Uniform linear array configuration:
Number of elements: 48
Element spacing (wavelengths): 0.25
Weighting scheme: exponential
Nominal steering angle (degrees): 15
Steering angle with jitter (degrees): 14.394
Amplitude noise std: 0.05
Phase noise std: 0.05

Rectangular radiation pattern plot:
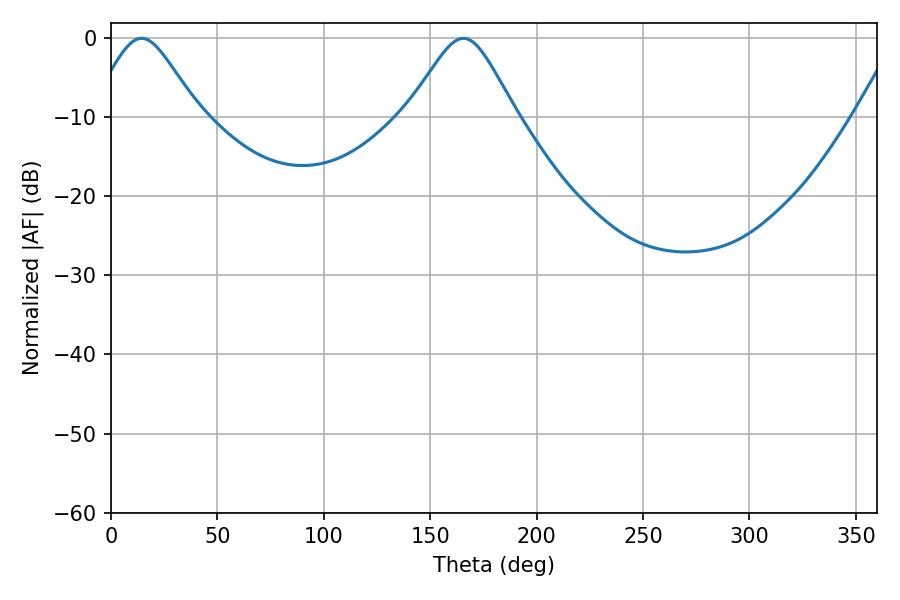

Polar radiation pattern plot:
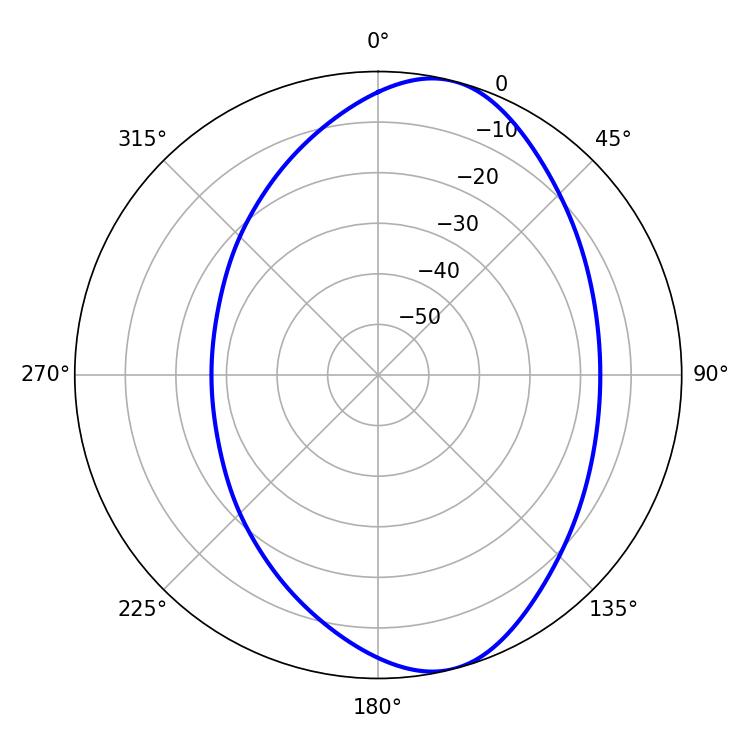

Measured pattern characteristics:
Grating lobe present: FALSE
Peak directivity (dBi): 8.259
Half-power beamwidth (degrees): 24.48
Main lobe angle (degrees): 14.4